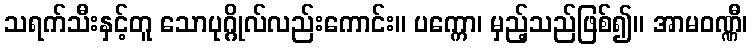
သရက်သီးနှင့်တူ သောပုဂ္ဂိုလ်လည်းကောင်း။ ပက္ကော၊ မှည့်သည်ဖြစ်၍။ အာမဝဏ္ဏီ၊